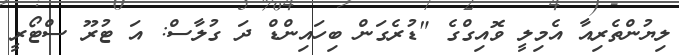
ލިޔުންތެރިއާ އެމިލީ ވޮއިގްގެ "ޑުރެގަން ބިހައިންޑް ދަ ގުލާސް: އަ ޓުރޫ ސްޓޯރީ